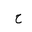
Letter: _ha